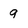
Character: 9